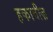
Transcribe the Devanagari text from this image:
हकाबीज़